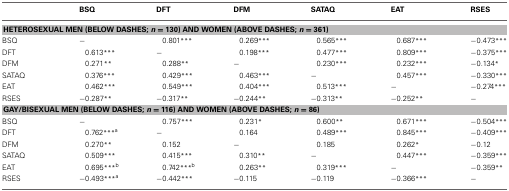
<table><thead><tr><td></td><td><b>BSQ</b></td><td><b>DFT</b></td><td><b>DFM</b></td><td><b>SATAQ</b></td><td><b>EAT</b></td><td><b>RSES</b></td></tr></thead><tbody><tr><td colspan="7"><b>HETEROSEXUAL MEN (BELOW DASHES; <i>n</i> = 130) AND WOMEN (ABOVE DASHES; <i>n</i> = 361)</b></td></tr><tr><td>BSQ</td><td>−</td><td>0.801<sup>***</sup></td><td>0.269<sup>***</sup></td><td>0.565<sup>***</sup></td><td>0.687<sup>***</sup></td><td>−0.473<sup>***</sup></td></tr><tr><td>DFT</td><td>0.613<sup>***</sup></td><td>−</td><td>0.198<sup>***</sup></td><td>0.477<sup>***</sup></td><td>0.809<sup>***</sup></td><td>−0.375<sup>***</sup></td></tr><tr><td>DFM</td><td>0.271<sup>**</sup></td><td>0.288<sup>**</sup></td><td>−</td><td>0.230<sup>***</sup></td><td>0.232<sup>***</sup></td><td>−0.134<sup>*</sup></td></tr><tr><td>SATAQ</td><td>0.376<sup>***</sup></td><td>0.429<sup>***</sup></td><td>0.463<sup>***</sup></td><td>−</td><td>0.457<sup>***</sup></td><td>−0.330<sup>***</sup></td></tr><tr><td>EAT</td><td>0.462<sup>***</sup></td><td>0.549<sup>***</sup></td><td>0.404<sup>***</sup></td><td>0.513<sup>***</sup></td><td>−</td><td>−0.274<sup>***</sup></td></tr><tr><td>RSES</td><td>−0.287<sup>**</sup></td><td>−0.317<sup>**</sup></td><td>−0.244<sup>**</sup></td><td>−0.313<sup>**</sup></td><td>−0.252<sup>**</sup></td><td>−</td></tr><tr><td colspan="7"><b>GAY/BISEXUAL MEN (BELOW DASHES; <i>n</i> = 116) AND WOMEN (ABOVE DASHES; <i>n</i> = 86)</b></td></tr><tr><td>BSQ</td><td>−</td><td>0.757<sup>***</sup></td><td>0.231<sup>*</sup></td><td>0.600<sup>**</sup></td><td>0.671<sup>***</sup></td><td>−0.504<sup>***</sup></td></tr><tr><td>DFT</td><td>0.762<sup>***</sup><sup>a</sup></td><td>−</td><td>0.164</td><td>0.489<sup>***</sup></td><td>0.845<sup>***</sup></td><td>−0.409<sup>***</sup></td></tr><tr><td>DFM</td><td>0.270<sup>**</sup></td><td>0.152</td><td>−</td><td>0.185</td><td>0.262<sup>*</sup></td><td>−0.12</td></tr><tr><td>SATAQ</td><td>0.509<sup>***</sup></td><td>0.415<sup>***</sup></td><td>0.310<sup>**</sup></td><td>−</td><td>0.447<sup>***</sup></td><td>−0.359<sup>***</sup></td></tr><tr><td>EAT</td><td>0.695<sup>***</sup><sup>b</sup></td><td>0.742<sup>***</sup><sup>b</sup></td><td>0.263<sup>**</sup></td><td>0.319<sup>***</sup></td><td>−</td><td>−0.359<sup>**</sup></td></tr><tr><td>RSES</td><td>−0.493<sup>***</sup><sup>a</sup></td><td>−0.442<sup>***</sup></td><td>−0.115</td><td>−0.119</td><td>−0.366<sup>***</sup></td><td>−</td></tr></tbody></table>